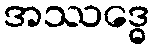
အဿဒ္ဓေ